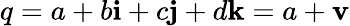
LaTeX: q=a+b\mathbf{i}+c\mathbf{j}+d\mathbf{k}=a+\mathbf{v}